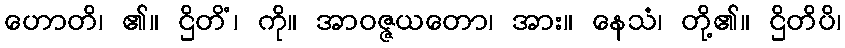
ဟောတိ၊ ၏။ ဌိတိံ၊ ကို။ အာဝဇ္ဇယတော၊ အား။ နေသံ၊ တို့၏။ ဌိတိပိ၊